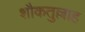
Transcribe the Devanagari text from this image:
शौकतुल्लाह